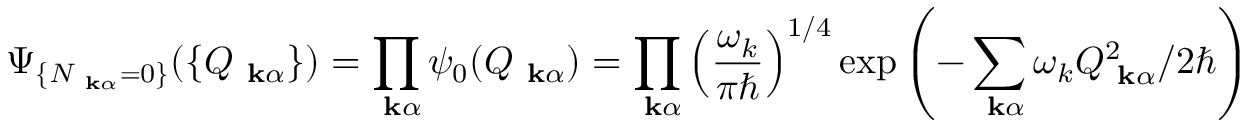
\Psi _ { \{ N _ { \mathrm { \bf ~ k } \alpha } = 0 \} } ( \{ Q _ { \mathrm { \bf ~ k } \alpha } \} ) = \prod _ { \mathrm { \bf ~ k } \alpha } \psi _ { 0 } ( Q _ { \mathrm { \bf ~ k } \alpha } ) = \prod _ { \mathrm { \bf ~ k } \alpha } \left( \frac { \omega _ { k } } { \pi \hbar } \right) ^ { 1 / 4 } \exp \left( - \sum _ { \mathrm { \bf ~ k } \alpha } \omega _ { k } Q _ { \mathrm { \bf ~ k } \alpha } ^ { 2 } / 2 \hbar \right)